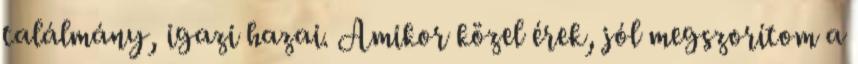
találmány, igazi hazai. Amikor közel érek, jól megszorítom a